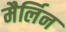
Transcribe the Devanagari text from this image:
मैर्लिन